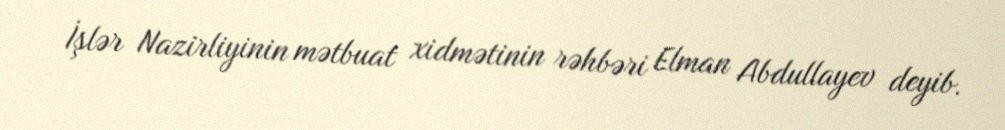
İşlər Nazirliyinin mətbuat xidmətinin rəhbəri Elman Abdullayev deyib.